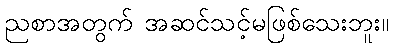
ညစာအတွက် အဆင်သင့်မဖြစ်သေးဘူး။